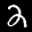
Label: 2